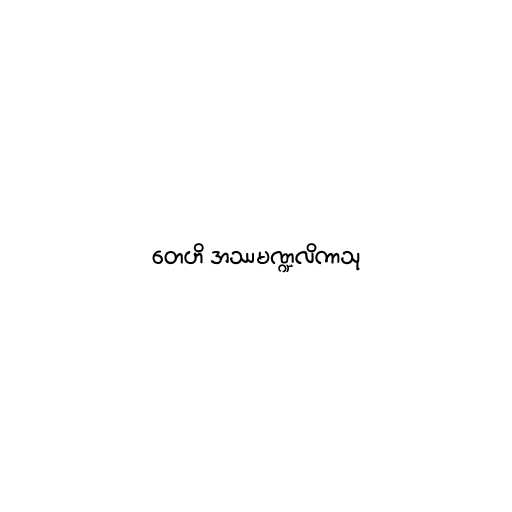
တေဟိ အဿမဏ္ဍလိကာသု